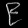
Digit: ၉